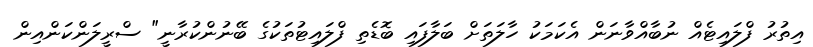
އިތުރު ފްލައިޓެއް ނުބާއްވާނަން އެކަމަކު ހާލަތަށް ބަލާފައި ބޮޑެތި ފްލައިޓުތަކުގެ ބޭނުންކުރާނީ" ސްރީލަންކަންއިން